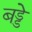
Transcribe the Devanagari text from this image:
बड्डे